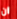
ان